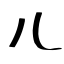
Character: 儿